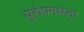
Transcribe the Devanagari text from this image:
युरोपमधला